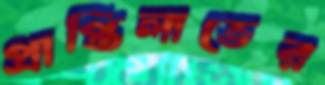
প্রাপ্তিলাভের